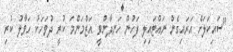
"ސައިކަލަށް އަރައިގެން ނައްޓައިލި ފަހުން ހަނދާންވީ އަޒްމަންމަ ކުރީ ދުވަހަކު ހަވާލު ކުރި